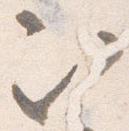
次